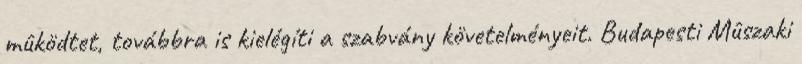
mûködtet, továbbra is kielégíti a szabvány követelményeit. Budapesti Mûszaki